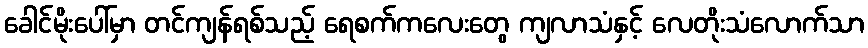
ခေါင်မိုးပေါ်မှာ တင်ကျန်ရစ်သည့် ရေစက်ကလေးတွေ ကျလာသံနှင့် လေတိုးသံလောက်သာ